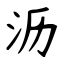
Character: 沥